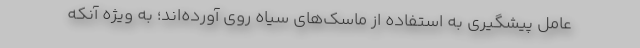
عامل پیشگیری به استفاده از ماسک‌های سیاه روی آورده‌اند؛ به ویژه آنکه